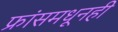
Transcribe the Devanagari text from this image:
फ्रांसमधूनही